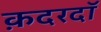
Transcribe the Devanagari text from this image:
क़दरदाॅ